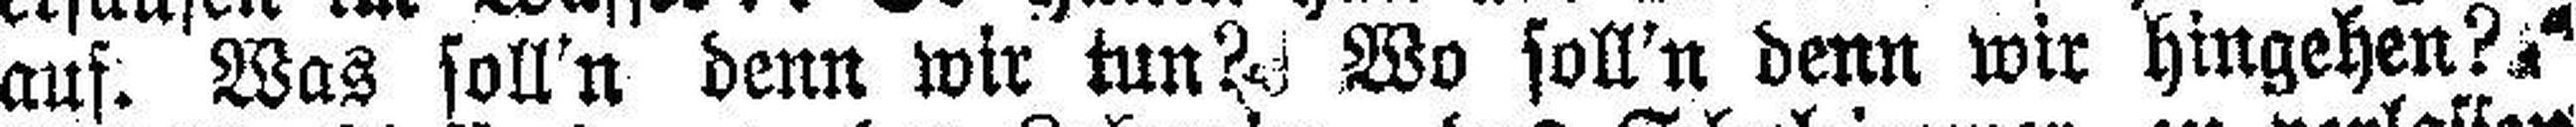
auf. Was soll'n denn wir tun? Wo soll'n denn wir hingehen?